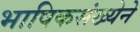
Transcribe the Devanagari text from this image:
भाषिकसंख्येने